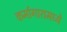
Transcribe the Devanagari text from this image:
कर्मागारामध्ये